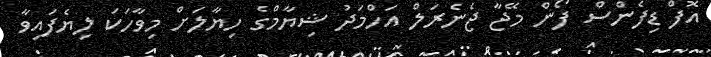
އޮފް ޑިފެންސް ފޯން މޭޖާ ޖެނެރަލް އަހްމަދު ޝިޔާމްގެ ހިޔާލަށް މިވާހަކަ ލިޔެފައިވާ